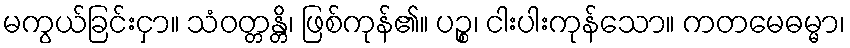
မကွယ်ခြင်းငှာ။ သံဝတ္တန္တိ၊ ဖြစ်ကုန်၏။ ပဉ္စ၊ ငါးပါးကုန်သော။ ကတမေဓမ္မာ၊